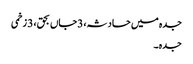
جدہ میں حادثہ، 3جاں بحق، 3 زخمی
جدہ ۔